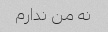
نه من ندارم